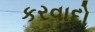
કરવાદો